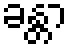
ခန္တာ